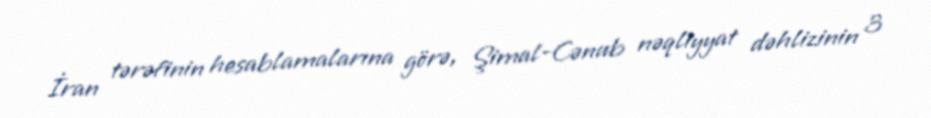
İran tərəfinin hesablamalarına görə, Şimal-Cənub nəqliyyat dəhlizinin 3